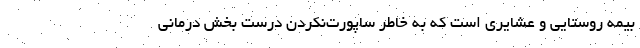
بیمه روستایی و عشایری است که به خاطر ساپورت‌نکردن درست بخش درمانی